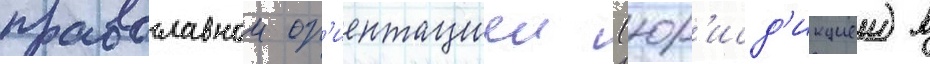
православнои ор'иентациеи (юр'исд'икциеи) в